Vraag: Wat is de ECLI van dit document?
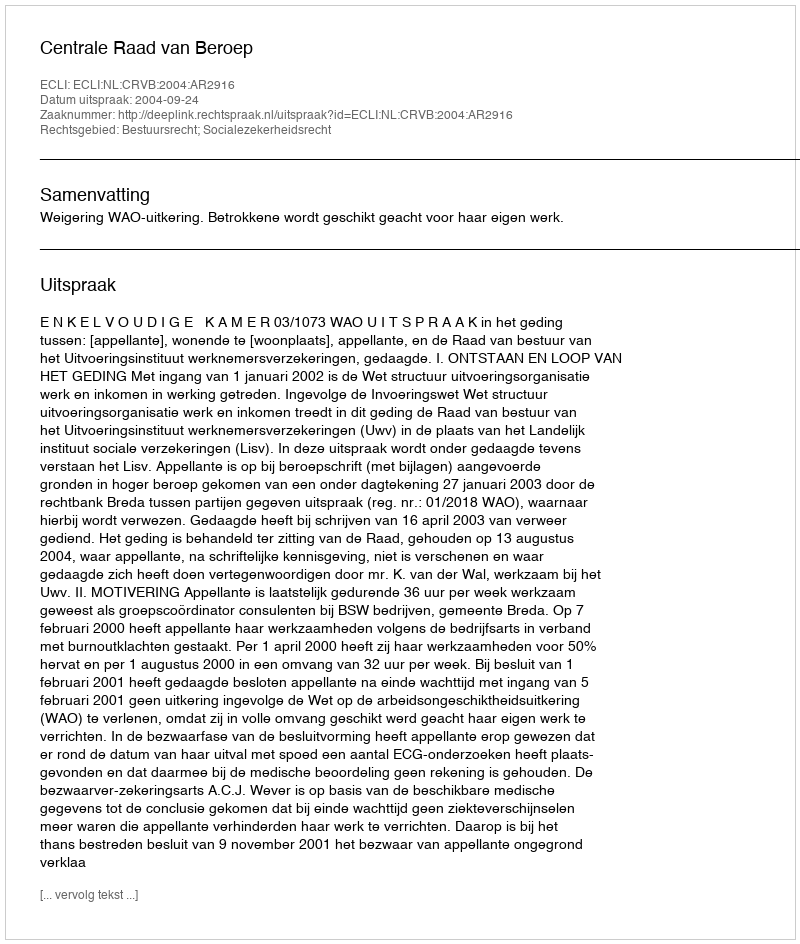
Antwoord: ECLI:NL:CRVB:2004:AR2916